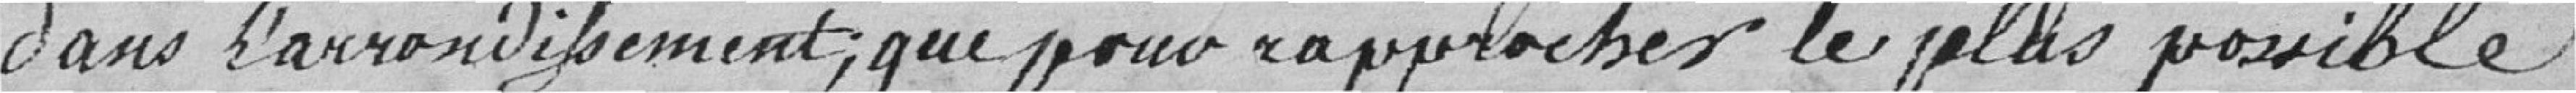
dans l'arrondissement; que pour rapprocher le plus possible